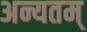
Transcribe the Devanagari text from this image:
अन्यतम्